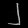
Digit: ၂